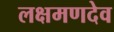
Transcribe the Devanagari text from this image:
लक्षमणदेव